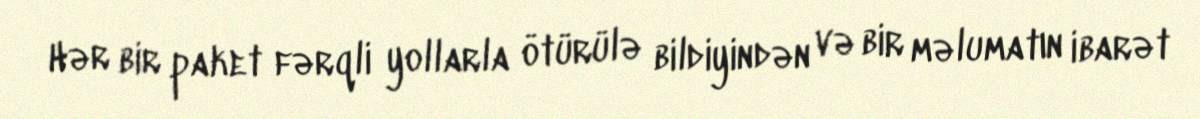
Hər bir paket fərqli yollarla ötürülə bildiyindən və bir məlumatın ibarət